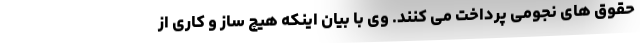
حقوق های نجومی پرداخت می کنند. وی با بیان اینکه هیچ ساز و کاری از